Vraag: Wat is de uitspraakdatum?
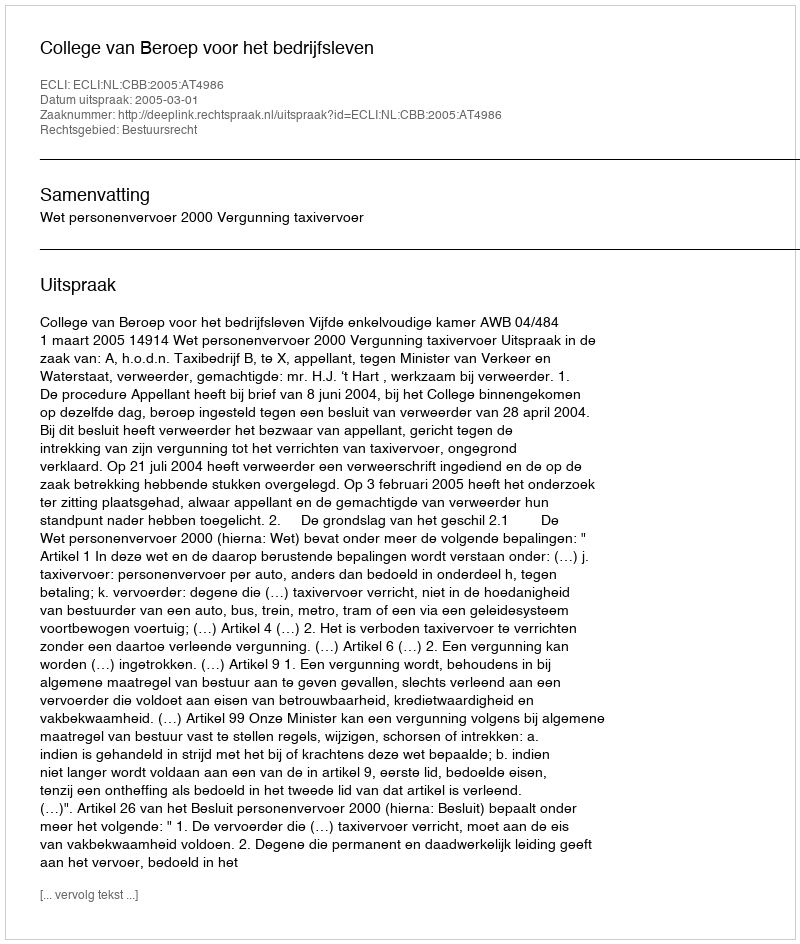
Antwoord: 2005-03-01